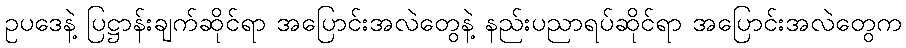
ဥပဒေနဲ့ ပြဋ္ဌာန်းချက်ဆိုင်ရာ အပြောင်းအလဲတွေနဲ့ နည်းပညာရပ်ဆိုင်ရာ အပြောင်းအလဲတွေက